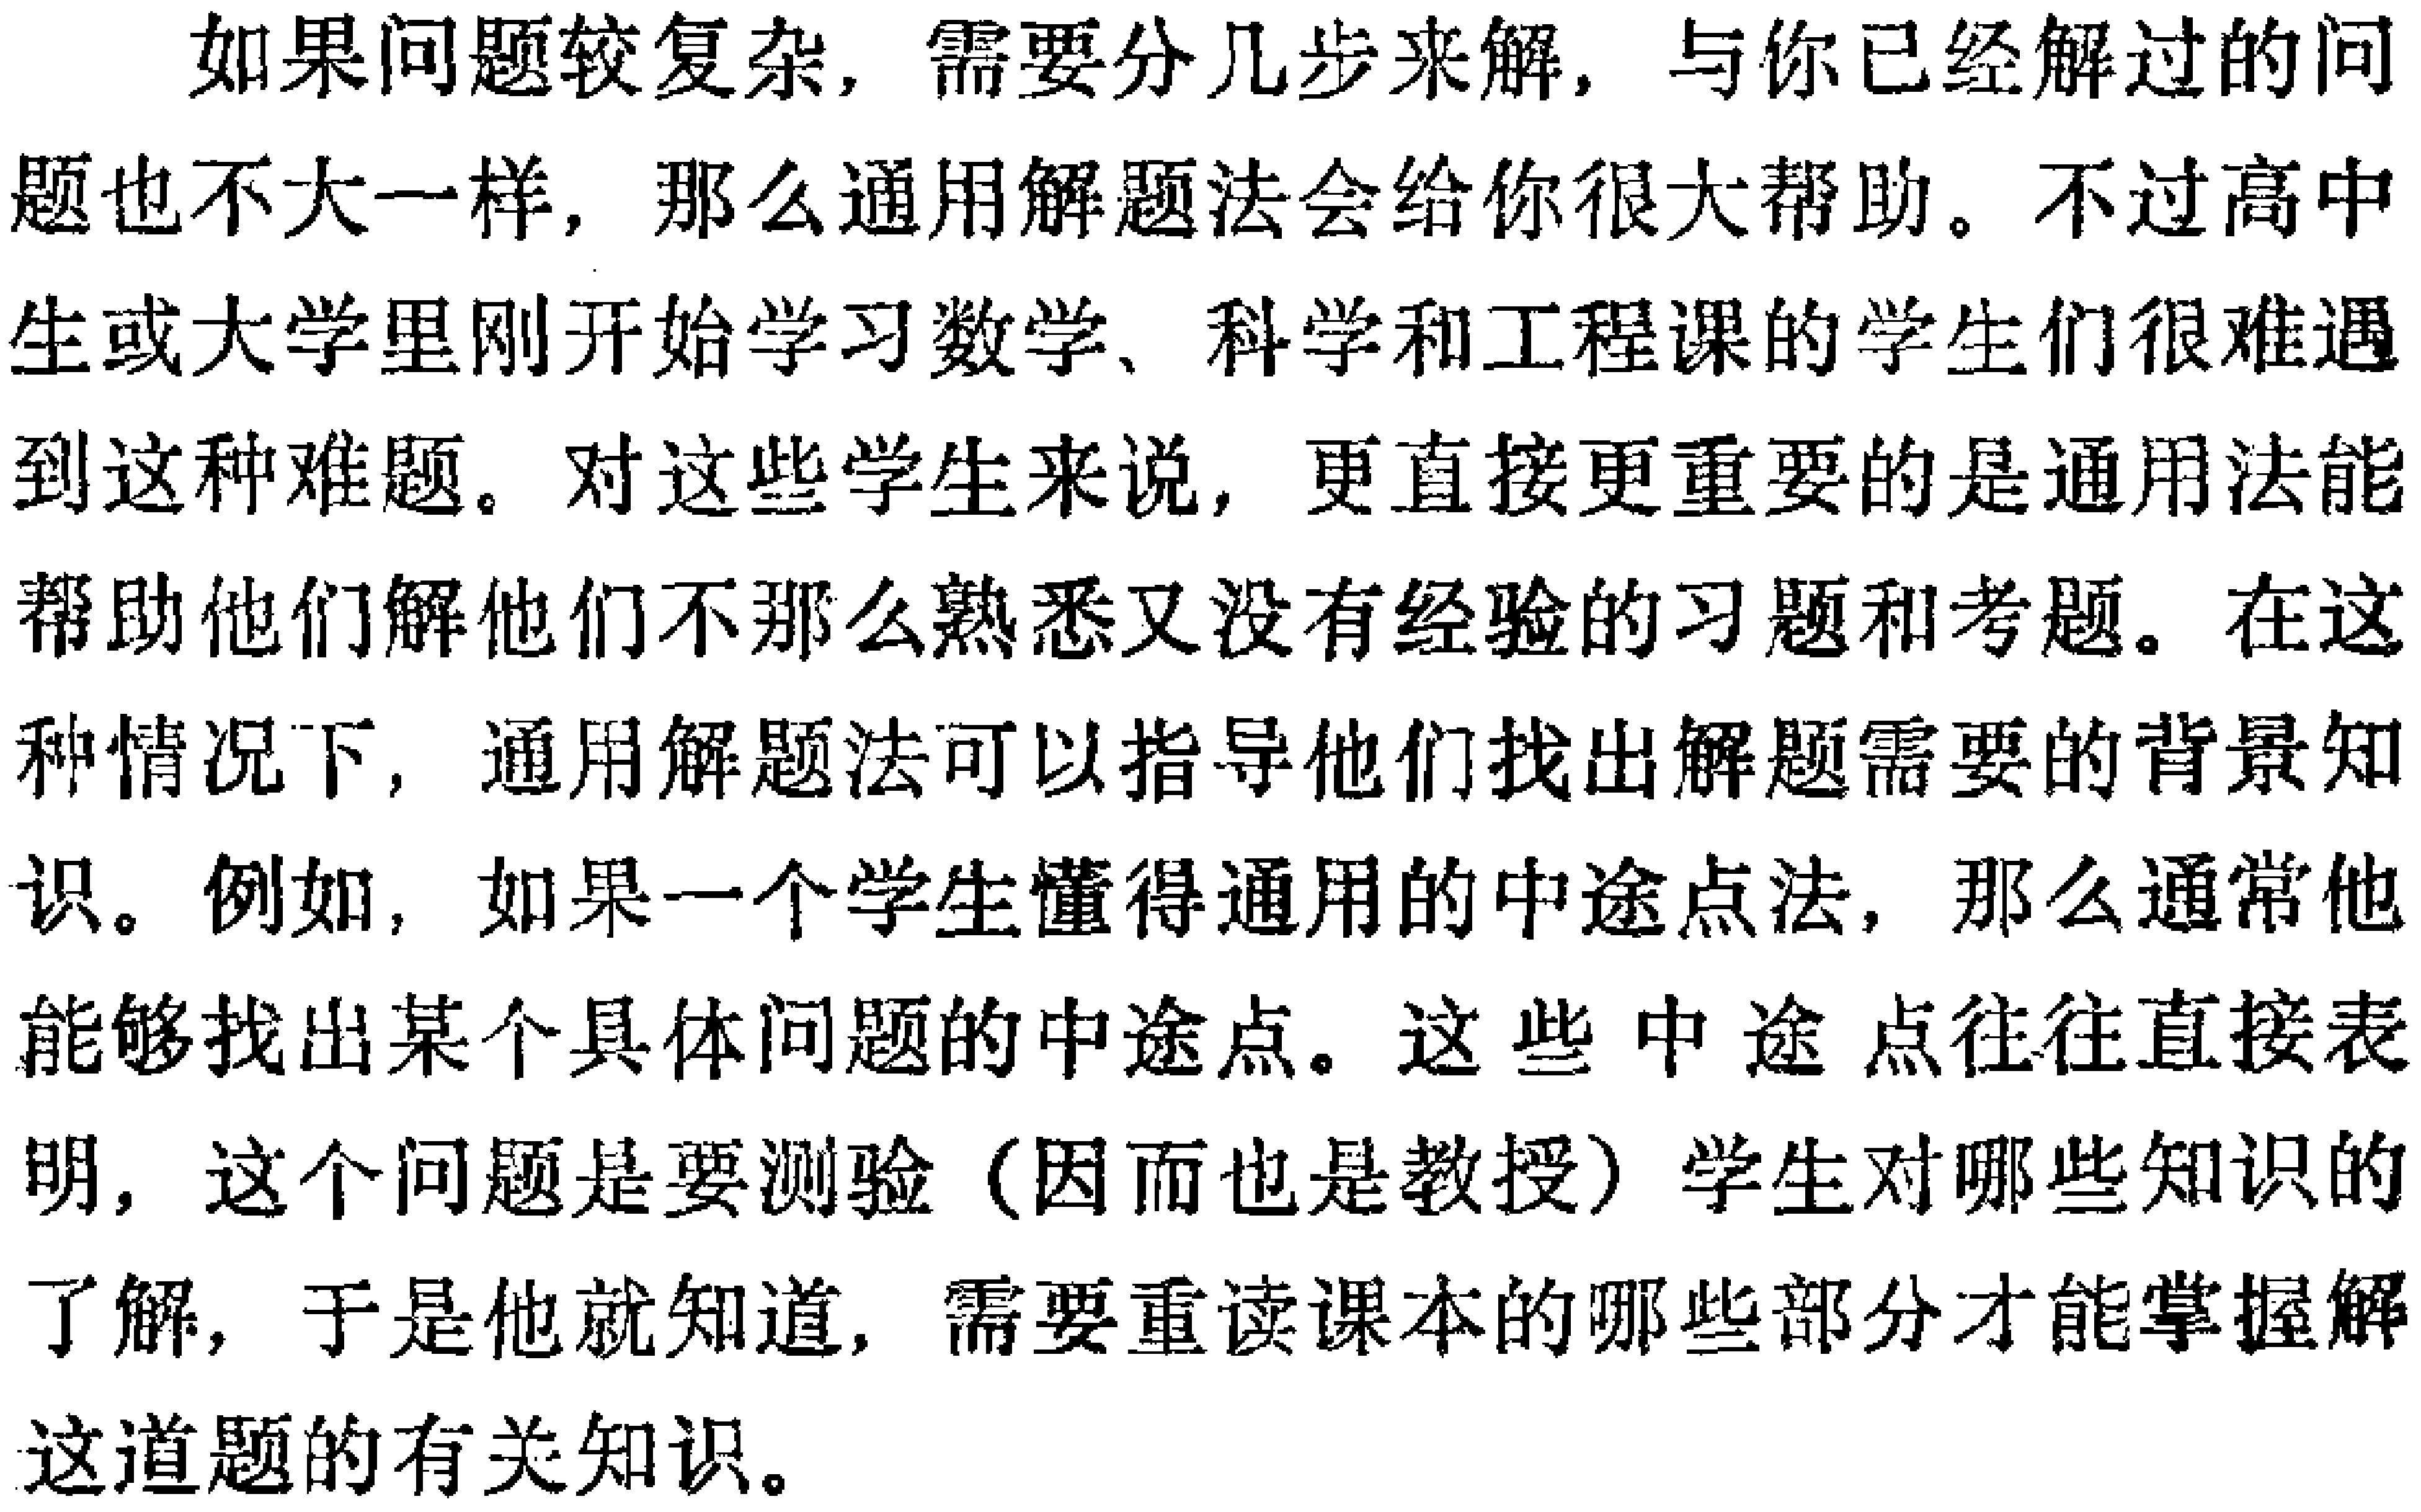
如果问题较复杂，需要分几步来解，与你已经解过的问题也不大一样，那么通用解题法会给你很大帮助。不过高中生或大学里刚开始学习数学、科学和工程课的学生们很难遇到这种难题。对这些学生来说，更直接更重要的是通用法能帮助他们解他们不那么熟悉又没有经验的习题和考题。在这种情况下，通用解题法可以指导他们找出解题需要的背景知识。例如，如果一个学生懂得通用的中途点法，那么通常他能够找出某个具体问题的中途点。这些中途点往往直接表明，这个问题是要测验（因而也是教授）学生对哪些知识的了解，于是他就知道，需要重读课本的哪些部分才能掌握解这道题的有关知识。